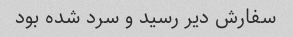
سفارش دیر رسید و سرد شده بود